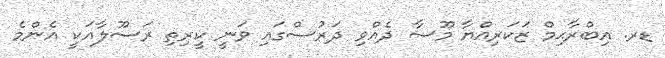
ޑރ. އިބްރާޙިމް ޒަކަރިއްޔާ މޫސާ ދެއްވި ދަރުސްގައި ވަނީ ކީރިތި ރަސޫލާއަކީ އެންމެ